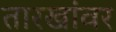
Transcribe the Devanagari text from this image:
तारखांवर